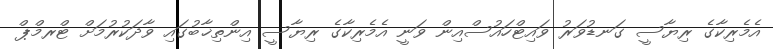
އެެމެރިކާގެ ރިޔާސީ ގަނޑުވަރު ވައިޓްހައުސްއިން ވަނީ އެމެރިކާގެ ރިޔާސީ އިންތިޚާބުގައި ވާދަކުރުމަށް ޓްރމްޕް